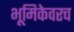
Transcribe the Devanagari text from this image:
भूमिकेवरच